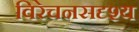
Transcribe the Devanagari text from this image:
विरेचनसदृश्य